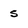
Character: s